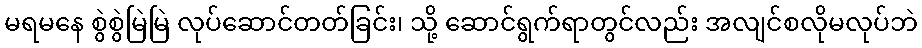
မရမနေ စွဲစွဲမြဲမြဲ လုပ်ဆောင်တတ်ခြင်း၊ သို့ ဆောင်ရွက်ရာတွင်လည်း အလျင်စလိုမလုပ်ဘဲ